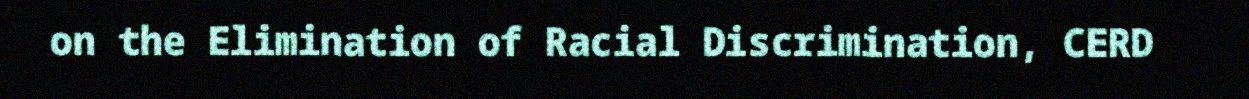
on the Elimination of Racial Discrimination, CERD